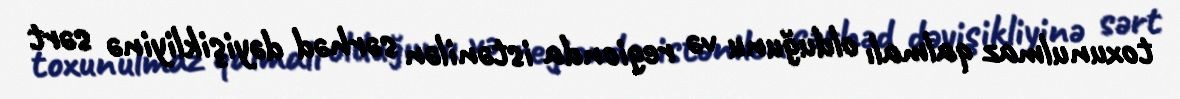
toxunulmaz qalmalı olduğunu və regionda istənilən sərhəd dəyişikliyinə sərt